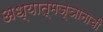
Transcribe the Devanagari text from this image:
अध्यात्मज्ञानाची